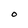
Character: O